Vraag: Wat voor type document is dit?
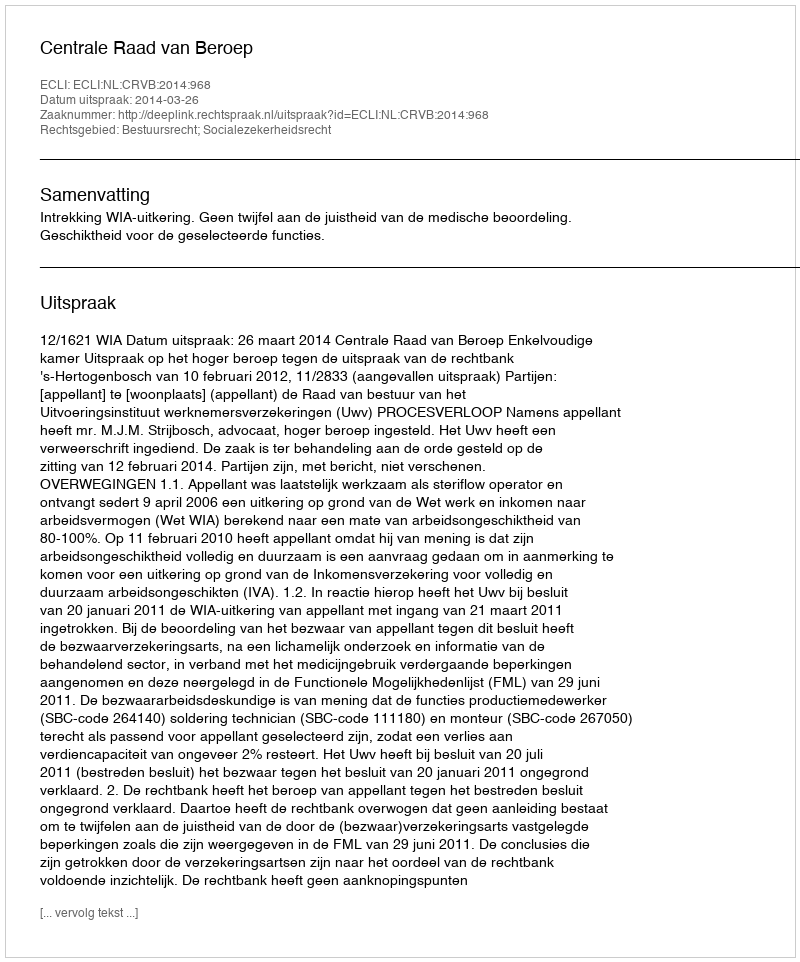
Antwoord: Uitspraak